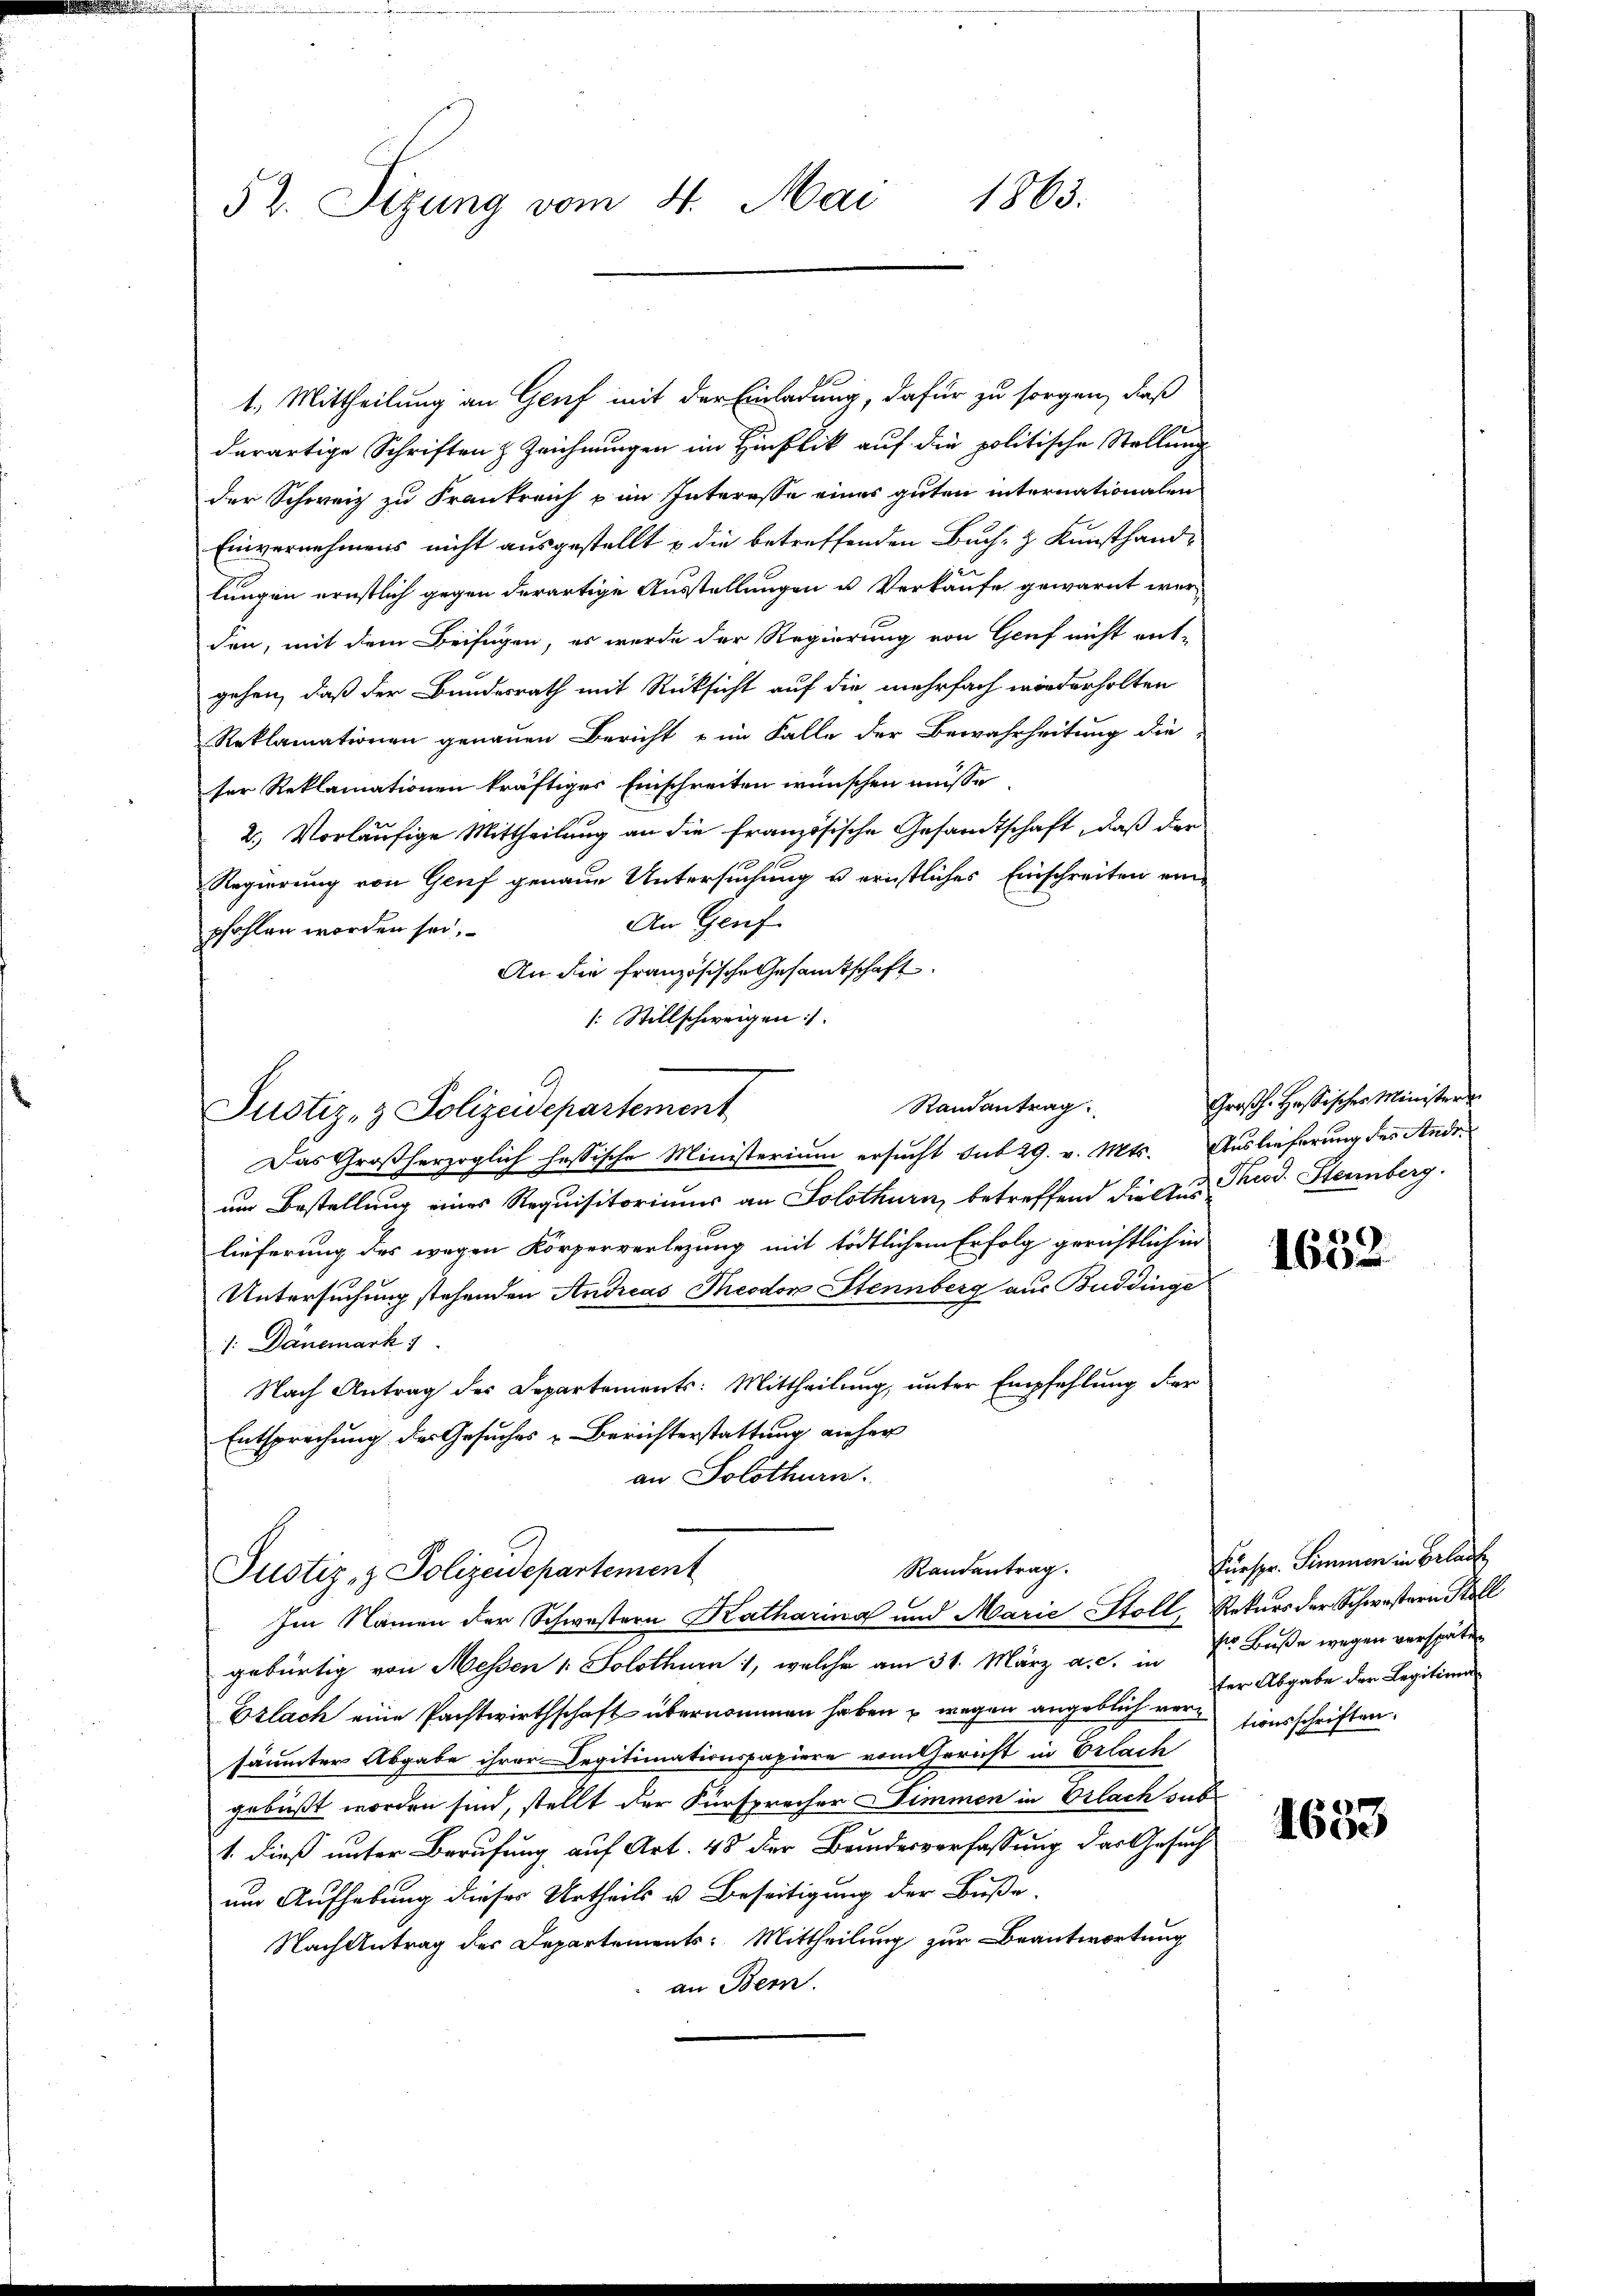
52. Sitzung vom 4. Mai 1863.

1. Mittheilung an Genf mit der Einladung, dafür zu sorgen, daß
derartige Schriften z. Zeichnungen im Hinblik auf die politische Stellung
der Schweiz zu Frankreich in Interesse eines guten internationalen
Einvernehmens nicht ausgestellt & die betreffenden Buch, z. Kunsthand-
lungen ernstlich gegen derartige Ausstellungen u. Verkaufe gewarnt werden, mit dem Beifügen, es wurde der Regierung von Genf nicht ent-
gehen, daß der Bundesrath mit Rücksicht auf die mehrfach wiederholten
Reklamationen genauen Bericht im Falle der Bewahrheitung die
ser Reklamationen kräftiges Einschreiten wünschen müsse
2.) Vorläufige Mittheilung an die französische Gesandtschaft, daß der
Regierung von Genf genaue Untersuchung u ernstliches Einschreiten ein-
An Genf
pfohlen worden sei.
An die französische Gesamtschaft
/: Stillschweigen
9
Justiz- & Polizeidepartement
Das Großherzoglich hessische Ministerium ersucht sub 29. v. Mts. Auslieferung des Andeum Bestellung eines Requisitoriums an Solothurn, betreffend diesen Theod. Steinberg.
lieferung des wegen Körperverlegung mit tödtlichem Erfolg gerichtlich in
Untersuchung stehenden Andreas Theodor Stennberg aus Buddinge
1: Danemark 1
Nach Antrag des Departements: Mittheilung, unter Empfehlung der
Entsprechung der Gesuches Berichterstattung vieher
an Solothurn.
Randantrag.
Justiz- & Polizeidepartement
Im Namen der Schwestern Katharina und Marie Stoll, Rekurs der Schwestern Stell
gebürtig von Messen u. Solothurn 1, welche am 31. März a. c. in Dr. Buße wegen verspäten
Eslach eine Pachtwirthschaft übernommen haben u wegen angeblich versionsschriften.
säumter Abgabe ihrer Legitimationspapiere vom Gericht in Erlach
gebüßt worden sind, stellt der Fürsprecher Dimmen in Orlach sub
1. dieß unter Berufung auf Art. 48 der Bundesverfassung das Gesuch
um Aufhebung dieses Urtheils u. Beseitigung der Buße,
Nach Antrag des Departements: Mittheilung zur Beantwortung
an Bern.

Randantrag

Großh. Hassischer Ministern

1632

Fueser Summen in Belause
ter Abgabe der Legitiman

1653